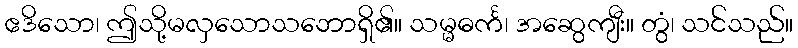
ဧဒိသော၊ ဤသို့မလှသောသဘောရှိ၏။ သမ္မဓင်္က၊ အဆွေကျီး။ တွံ၊ သင်သည်။